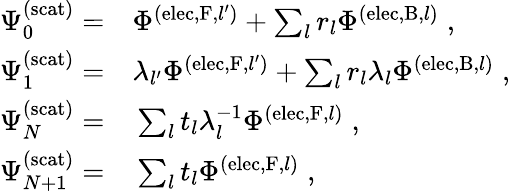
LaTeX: \begin{array}{rl}{\Psi_{0}^{\mathrm{(scat)}}=}&{{}\Phi^{(\mathrm{elec},\mathrm{F},{l^{\prime}})}+\sum_{l}r_{l}\Phi^{(\mathrm{elec},\mathrm{B},l)}\; ,}\\ {\Psi_{1}^{\mathrm{(scat)}}=}&{{}\lambda_{l^{\prime}}\Phi^{(\mathrm{elec},\mathrm{F},{l^{\prime}})}+\sum_{l}r_{l}\lambda_{l}\Phi^{(\mathrm{elec},\mathrm{B},l)}\; ,}\\ {\Psi_{N}^{\mathrm{(scat)}}=}&{{}\sum_{l}t_{l}\lambda_{l}^{-1}\Phi^{(\mathrm{elec},\mathrm{F},l)}\; ,}\\ {\Psi_{N+1}^{\mathrm{(scat)}}=}&{{}\sum_{l}t_{l}\Phi^{(\mathrm{elec},\mathrm{F},l)}\; ,}\end{array}